Annual report of the Civil Veterinary Department, Bengal, and of the Bengal Veterinary College, for the year 1900-1901 - 1900-1901
Year: 1900
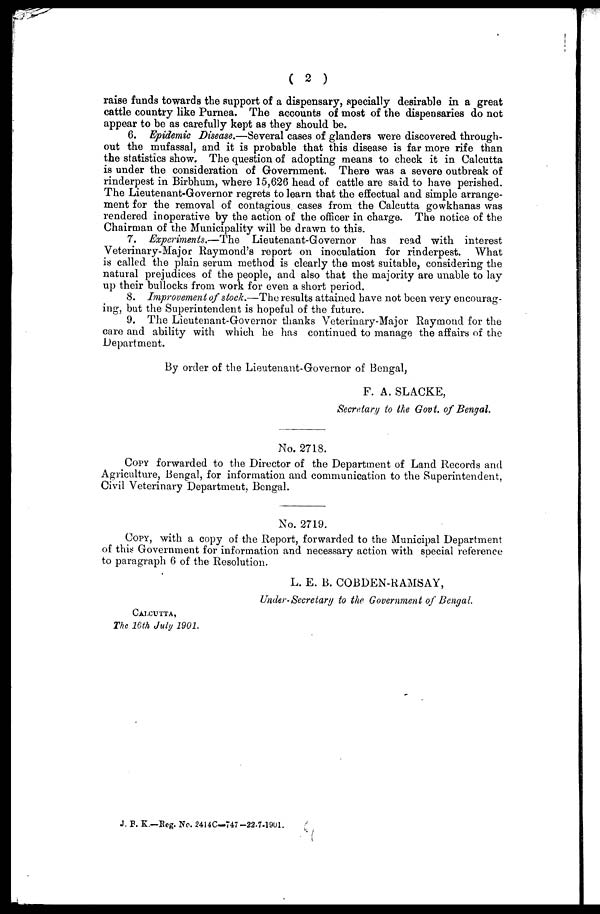
( 2 )
raise funds towards the support of a dispensary, specially desirable in a great
cattle country like Purnea. The accounts of most of the dispensaries do not
appear to be as carefully kept as they should be.
6. Epidemic Disease.—Several cases of glanders were discovered through-
out the mufassal, and it is probable that this disease is far more rife than
the statistics show. The question of adopting means to check it in Calcutta
is under the consideration of Government. There was a severe outbreak of
rinderpest in Birbhum, where 15,626 head of cattle are said to have perished.
The Lieutenant-Governor regrets to learn that the effectual and simple arrange-
ment for the removal of contagious cases from the Calcutta gowkhanas was
rendered inoperative by the action of the officer in charge. The notice of the
Chairman of the Municipality will be drawn to this.
7. Experiments.—The Lieutenant-Governor has read with interest
Veterinary-Major Raymond's report on inoculation for rinderpest. What
is called the plain serum method is clearly the most suitable, considering the
natural prejudices of the people, and also that the majority are unable to lay
up their bullocks from work for even a short period.
8. Improvement of stock.—The results attained have not been very encourag-
ing, but the Superintendent is hopeful of the future.
9. The Lieutenant-Governor thanks Veterinary-Major Raymond for the
care and ability with which he has continued to manage the affairs of the
Department.
By order of the Lieutenant-Governor of Bengal,
F. A. SLACKE,
Secretary to the Govt. of Bengal.
No. 2718.
COPY forwarded to the Director of the Department of Land Records and
Agriculture, Bengal, for information and communication to the Superintendent,
Civil Veterinary Department, Bengal.
No. 2719.
COPY, with a copy of the Report, forwarded to the Municipal Department
of this Government for information and necessary action with special reference
to paragraph 6 of the Resolution.
L. E. B. COBDEN-RAMSAY,
Under-Secretary to the Government of Bengal
CALCUTTA,
The 16th July 1901.
J. F. K.—Reg. No. 2414C—747—22-7-1901.